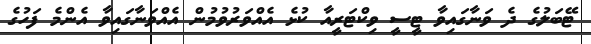
ޓޭބަލުގެ ދެ ވަނާގައިވާ ޓީސީ ވިކްޓަރީއާ ކުޅެ އެއްވަރުވުމުން އެއްވަނާގައިވާ އެންމެ ފަހުގެ